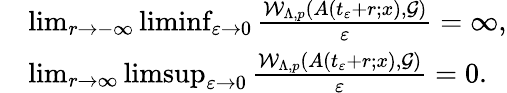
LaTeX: \begin{array}{rl}&{\operatorname*{lim}_{r\rightarrow-\infty}\operatorname*{liminf}_{\varepsilon\rightarrow 0}\frac{\mathcal{W}_{\Lambda,p}(A(t_{\varepsilon}+r;x),\mathcal{G})}{\varepsilon}=\infty,}\\ &{\operatorname*{lim}_{r\rightarrow\infty}\operatorname*{limsup}_{\varepsilon\rightarrow 0}\frac{\mathcal{W}_{\Lambda,p}(A(t_{\varepsilon}+r;x),\mathcal{G})}{\varepsilon}=0.}\end{array}